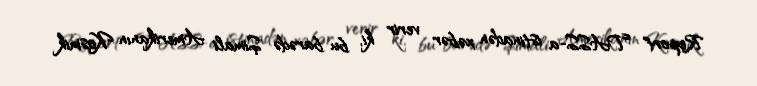
Report" TASS-a istinadən xəbər verir ki, bu barədə Şimali Amerikanın Kosmik